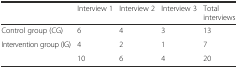
|  | Interview 1 | Interview 2 | Interview 3 | Total interviews |
 | --- | --- | --- | --- | --- |
 | Control group (CG) | 6 | 4 | 3 | 13 |
 | Intervention group (IG) | 4 | 2 | 1 | 7 |
 |  | 10 | 6 | 4 | 20 |